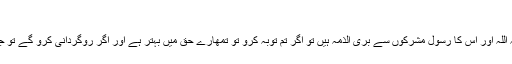
Open 9.2
امین احسن اصلاحی اور اللہ و رسول کی طرف سے بڑے حج کے دن لوگوں میں منادی کر دی جائے کہ اللہ اور اس کا رسول مشرکوں سے بری الذمہ ہیں تو اگر تم توبہ کرو تو تمھارے حق میں بہتر ہے اور اگر روگردانی کرو گے تو جان رکھو کہ تم اللہ سے بھاگ نہیں سکتے اور کافروں کو ایک دردناک عذاب کی خوش خبری پہنچا دو۔